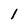
Character: 1